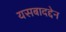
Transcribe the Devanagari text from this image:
यसबादद्देन